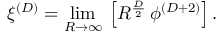
\xi ^ { ( D ) } = \operatorname * { l i m } _ { R \rightarrow \infty } \, \left[ R ^ { \frac { D } { 2 } } \, \phi ^ { ( D + 2 ) } \right] .